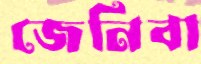
জেনিবা